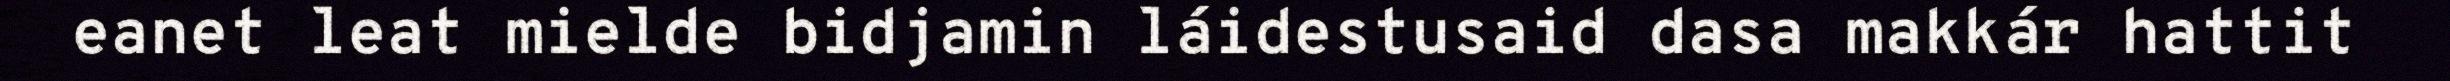
eanet leat mielde bidjamin láidestusaid dasa makkár hattit